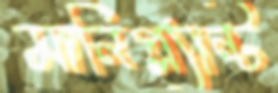
মানিপ্ল্যান্ট